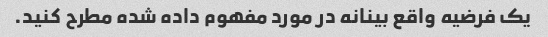
یک فرضیه واقع بینانه در مورد مفهوم داده شده مطرح کنید.